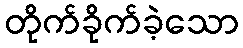
တိုက်ခိုက်ခဲ့သော